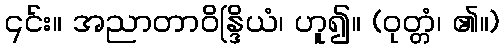
၎င်း။ အညာတာဝိန္ဒြိယံ၊ ဟူ၍။ (ဝုတ္တံ၊ ၏။)